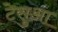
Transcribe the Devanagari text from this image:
टेसुआ